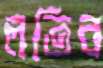
লতিব